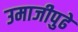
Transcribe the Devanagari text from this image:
उमाजीपुढे